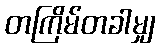
တကြိမ်တခါမျှ